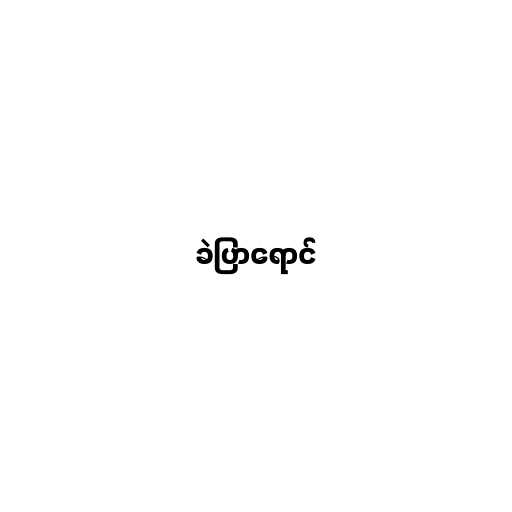
ခဲပြာရောင်